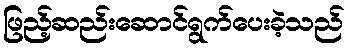
ဖြည့်ဆည်းဆောင်ရွက်ပေးခဲ့သည်